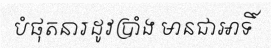
បំផុតនារដូវប្រាំង មានជាអាទិ៍